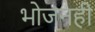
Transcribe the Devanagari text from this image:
भोजनही